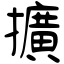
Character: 擴